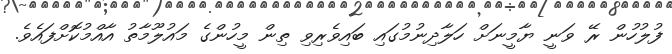
ފުލުހުން ރޭ ވަނީ ޔާމީނަށް ހަަލާދިނުމުގައި ބައިވެރިވި ތިން މީހުންގެ މައުލޫމާތު އާއްމުކޮށްފައެވެ.